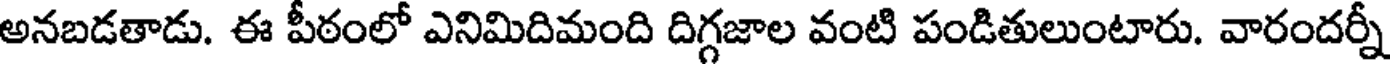
అనబడతాడు. ఈ పీఠంలో ఎనిమిదిమంది దిగ్గజాల వంటి పండితులుంటారు. వారందర్నీ